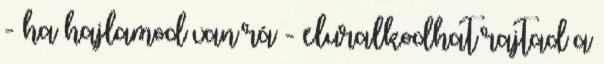
- ha hajlamod van rá - eluralkodhat rajtad a